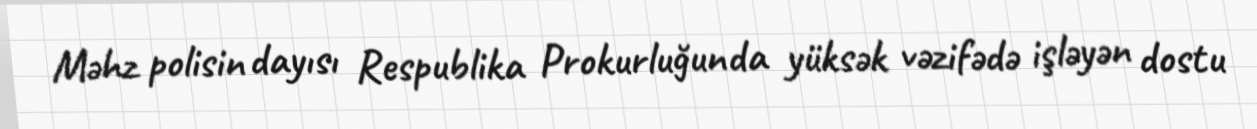
Məhz polisin dayısı Respublika Prokurluğunda yüksək vəzifədə işləyən dostu